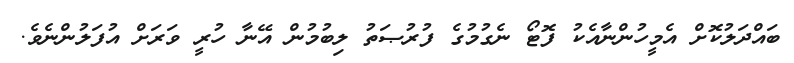
ބައްދަލުކޮށް އެމީހުންނާއެކު ފޮޓޯ ނެގުމުގެ ފުރުޞަތު ލިބުމުން އޭނާ ހުރީ ވަރަށް އުފަލުންނެވެ.